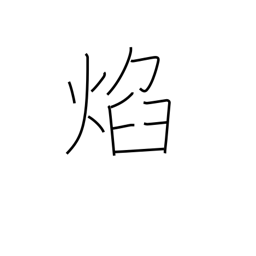
Meaning: glowing